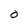
Character: O